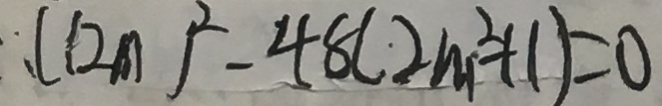
( 1 2 m ) ^ { 2 } - 4 8 ( 2 m ^ { 2 } + 1 ) = 0